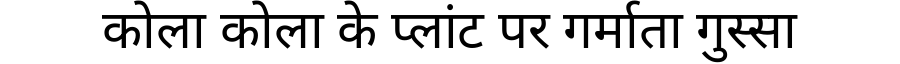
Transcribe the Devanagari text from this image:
कोला कोला के प्लांट पर गर्माता गुस्सा